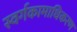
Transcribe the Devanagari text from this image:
स्वर्गकामाधिकरण